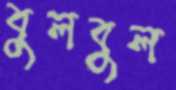
বুলবুল